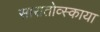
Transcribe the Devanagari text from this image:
सारातोव्स्काया